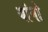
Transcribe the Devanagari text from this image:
यांनो